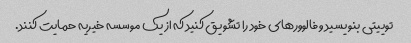
توییتی بنویسید و فالوورهای خود را تشویق کنید که از یک موسسه خیریه حمایت کنند.